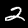
Digit: 2